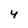
Character: 4